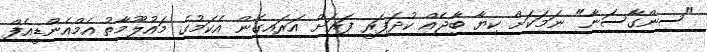
"ސިންގާސަނާ" ނަމަކަށް ކިޔާ ބާޖެއް ކުދަފަރީ ފަރަށް އަރައިގެން އެކަމުގެ މައުލޫމާތު އެމްއެންޑީއެފް